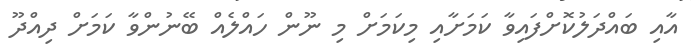
އާއި ބައްދަލުކޮށްފައިވާ ކަމަށާއި މިކަމަށް މި ނޫން ހައްލެއް ބޭނުންވާ ކަމަށް ދިއްދޫ